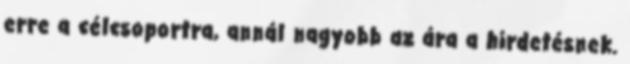
erre a célcsoportra, annál nagyobb az ára a hirdetésnek.